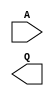
// This program was cloned from: https://github.com/lnis-uofu/SOFA
// License: MIT License

/***************************************************
 Vendor          : QuickLogic Corp.
 Aurora Version  : AU 1.0.0 			
 File Name       : primtive_macros.v			
 Author          : Kishor Kumar 
 Description     : Verilog Netlist File (For Synthesis/Pre-Layout Simulation)									
*****************************************************/

/*-------------------------------------------------------------------------------
 MODULE NAME : ck_buff 
 DESCRIPTION : Clock tree buffer						
--------------------------------------------------------------------------------*/
`ifdef ck_buff
`else
`define ck_buff
module ck_buff ( A , Q )/* synthesis black_box black_box_pad_pin = "A" */;
input A/* synthesis syn_isclock=1 */;
output Q;
//pragma synthesis_off
//pragma synthesis_on
endmodule /* ck buff */
`endif

/*-------------------------------------------------------------------------------
 MODULE NAME : gclkbuff 
 DESCRIPTION : Global clock buffer						
--------------------------------------------------------------------------------*/
`ifdef GCLKBUFF
`else
`define GCLKBUFF
module GCLKBUFF ( A , Z )/* synthesis black_box */;
input A;
output Z;
//pragma synthesis_off
//pragma synthesis_on
endmodule /* gclk buff */
`endif

/*-------------------------------------------------------------------------------
 MODULE NAME : in_buff 
 DESCRIPTION : Input buffer					
--------------------------------------------------------------------------------*/
`ifdef in_buff
`else
`define in_buff
module in_buff ( A , Q )/* synthesis black_box */;
input A;
output Q;
//pragma synthesis_off
//pragma synthesis_on
endmodule /* in buff */
`endif

/*-------------------------------------------------------------------------------
 MODULE NAME : out_buff 
 DESCRIPTION : Output buffer					
--------------------------------------------------------------------------------*/
`ifdef out_buff
`else
`define out_buff
module out_buff ( A , Q )/* synthesis black_box */;
input A;
output Q;
//pragma synthesis_off
//pragma synthesis_on
endmodule /* out buff */
`endif

/*-------------------------------------------------------------------------------
 MODULE NAME : inv 
 DESCRIPTION : Inverter						
--------------------------------------------------------------------------------*/
`ifdef inv
`else
`define inv
module inv ( A , Q )/* synthesis black_box */;
input A;
output Q;
//pragma synthesis_off
//pragma synthesis_on
endmodule /*inverter*/
`endif

/*-------------------------------------------------------------------------------
 MODULE NAME : buff 
 DESCRIPTION : Buffer 					
--------------------------------------------------------------------------------*/
`ifdef buff
`else
`define buff
module buff ( A , Q )/* synthesis black_box */;
input A;
output Q;
//pragma synthesis_off
//pragma synthesis_on
endmodule /*buffer*/
`endif

/*-------------------------------------------------------------------------------
 MODULE NAME : mux2x0 
 DESCRIPTION : Basic Mux 2:1					
--------------------------------------------------------------------------------*/
`ifdef mux2x0
`else
`define mux2x0
module mux2x0 ( A , B, S, Q )/* synthesis black_box */;
input A, B, S;
output Q;
//pragma synthesis_off
//pragma synthesis_on
endmodule /*mux2x0*/
`endif

`ifdef LOGIC_Cell
`else
`define LOGIC_Cell
module LOGIC_Cell (T0I0, T0I1, T0I2, T0I3, B0I0, B0I1, B0I2, B0I3, 
            TB0S, Q0DI, CD0S, Q0EN, QST, QRT, QCK, QCKS, C0Z, Q0Z, B0Z)/* synthesis black_box */;
input T0I0, T0I1, T0I2, T0I3, B0I0, B0I1, B0I2, B0I3;
input TB0S, Q0DI, CD0S, Q0EN;				  
input QST, QRT, QCK, QCKS;
output C0Z, B0Z, Q0Z;
//pragma synthesis_off
//pragma synthesis_on
endmodule /*LOGIC_Cell*/
`endif